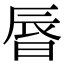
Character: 㫳